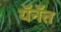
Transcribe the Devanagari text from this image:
यॅनॅत